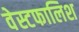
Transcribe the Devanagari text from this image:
वेस्टफालिश